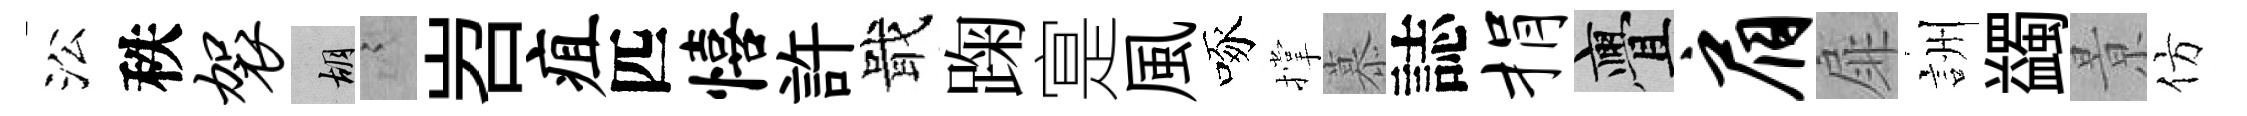
㳂秩袈胡謭岧疽匹僖許戢踘寔風啄撑慕誌捐亹肩扉詶蠲㬌仿